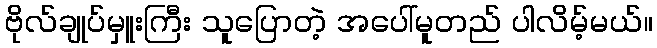
ဗိုလ်ချုပ်မှူးကြီး သူပြောတဲ့ အပေါ်မူတည် ပါလိမ့်မယ်။